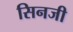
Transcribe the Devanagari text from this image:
सिनजी